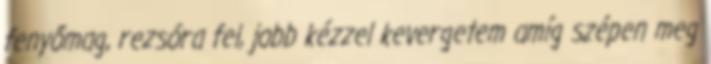
fenyőmag, rezsóra fel, jobb kézzel kevergetem amíg szépen meg